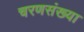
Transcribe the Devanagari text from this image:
चरणसंख्या